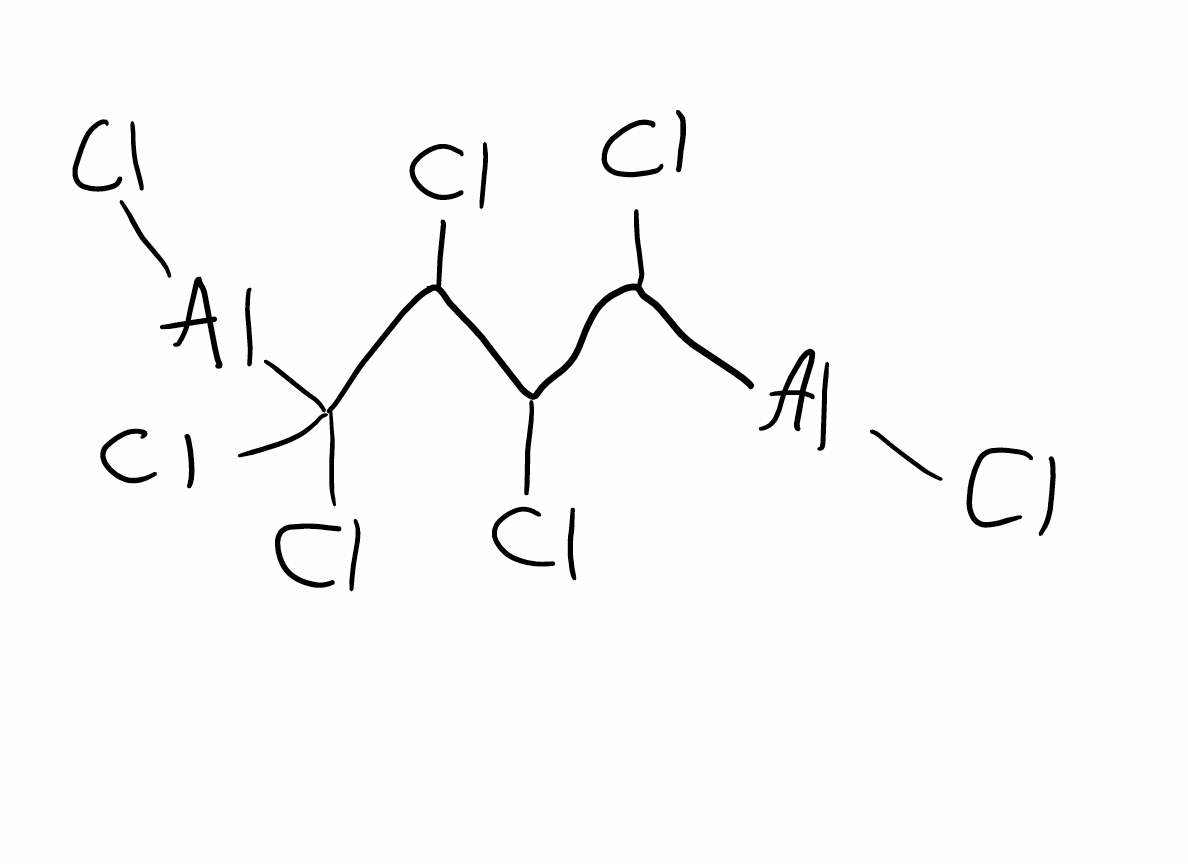
Simplified molecular-input line-entry system (SMILES) notation of the given molecule:
C(C(C([Al]Cl)(Cl)Cl)Cl)(C([Al]Cl)Cl)Cl